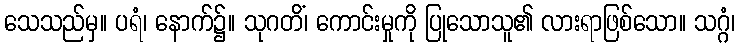
သေသည်မှ။ ပရံ၊ နောက်၌။ သုဂတိံ၊ ကောင်းမှုကို ပြုသောသူ၏ လားရာဖြစ်သော။ သဂ္ဂံ၊